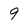
Character: 9